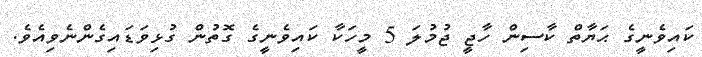
ކައިވެނީގެ ޙަޔާތް ކާސިން ހާޖީ ޖުމުލަ 5 މީހަކާ ކައިވެނީގެ ގޮތުން ގުޅިވަޑައިގެންނެވިއެވެ.